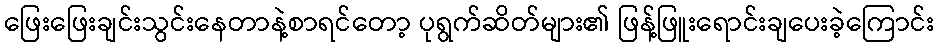
ဖြေးဖြေးချင်းသွင်းနေတာနဲ့စာရင်တော့ ပုရွက်ဆိတ်များ၏ ဖြန့်ဖြူးရောင်းချပေးခဲ့ကြောင်း